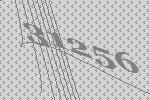
31256